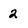
Character: 2